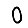
Digit: 0